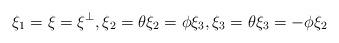
LaTeX: \begin{align*}&\xi_1=\xi=\xi^\perp, \xi_2=\theta\xi_2=\phi\xi_3, \xi_3=\theta\xi_3=-\phi\xi_2\end{align*}